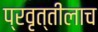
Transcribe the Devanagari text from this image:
प्रवृत्तीलाच